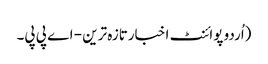
(اُردو پوائنٹ اخبارتازہ ترین - اے پی پی۔